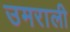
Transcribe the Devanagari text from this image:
उमराली